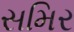
સમિર